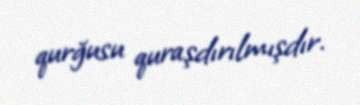
qurğusu quraşdırılmışdır.